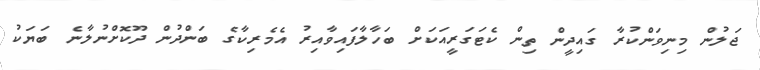
ޖަލުން މިނިވަންކުރާ ގައިދީން ތިން ކެޓަގަރީއަކަށް ބަހާލާފައިވާއިރު އެމެރިކާގެ ބަންދުން ދޫކޮށްނުލާނެ ބަޔަކު